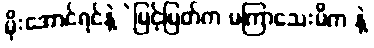
မိုးအောင်ရင်နဲ့ဲမြင့်မြတ်က မကြာသေးမီက နဲ့